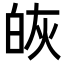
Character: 𭽔